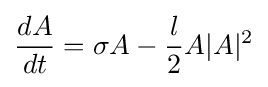
{\frac {dA}{dt}}=\sigma A-{\frac {l}{2}}A|A|^{2}